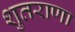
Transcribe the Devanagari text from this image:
शुतराणा